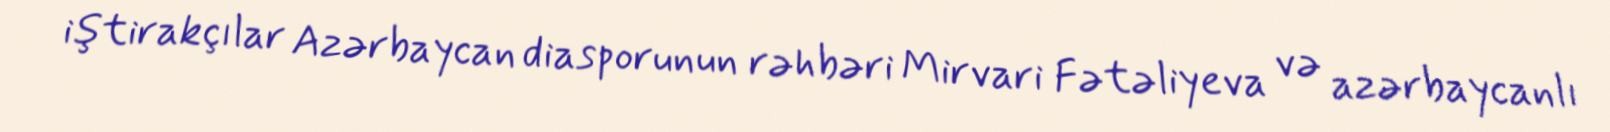
iştirakçılar Azərbaycan diasporunun rəhbəri Mirvari Fətəliyeva və azərbaycanlı